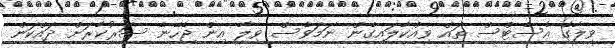
ވިލާގެ އެސެޓްސް ތައް ވިއްކާލައިގެން ނަމަވެސް ވިލާ އިން ޖެހޭނެ ސަރުކާރަށް ދައްކަން